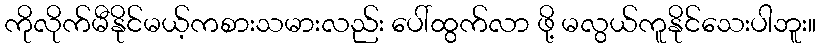
ကိုလိုက်မီနိုင်မယ့်ကစားသမားလည်း ပေါ်ထွက်လာ ဖို့ မလွယ်ကူနိုင်သေးပါဘူး။